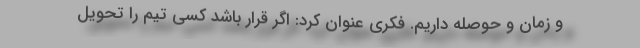
و زمان و حوصله داریم. فکری عنوان کرد:‌ اگر قرار باشد کسی تیم را تحویل